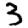
Digit: 3